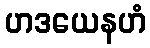
ဟဒယေနဟံ